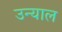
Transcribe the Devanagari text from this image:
उन्याल